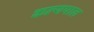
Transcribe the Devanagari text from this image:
कल्यपाल